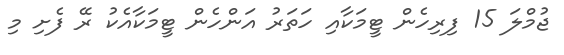
ޖުމްލަ 15 ފިރިހެން ޓީމަކާއި ހަތަރު އަންހެން ޓީމަކާއެކު ރޭ ފެށި މި